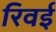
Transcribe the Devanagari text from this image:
रिवई